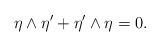
LaTeX: \begin{align*}\eta\wedge\eta' + \eta'\wedge\eta =0 .\end{align*}